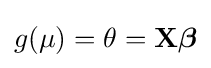
g(\mu )=\theta =\mathbf {X} {\boldsymbol {\beta }}